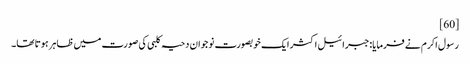
[60]
رسول اکرم نے فرمایا:جبرائیل اکثر ایک خوبصورت نوجوان دحیہ کلبی کی صورت میں ظاہر ہوتا تھا۔